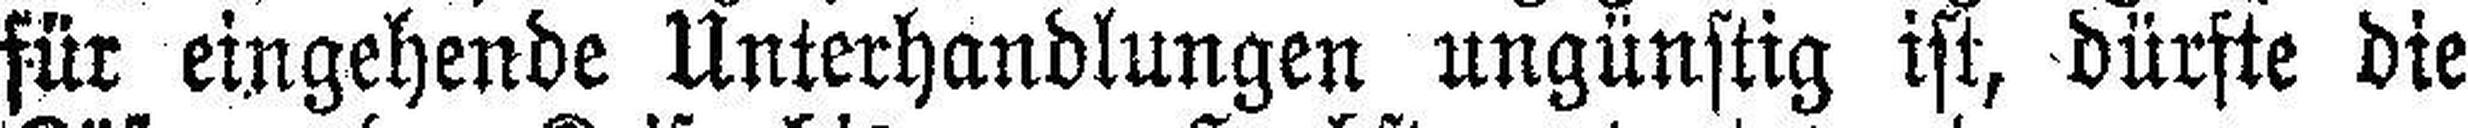
für eingehende Unterhandlungen ungünstig ist, dürste die